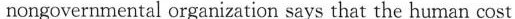
nongovernmental organization says that the human cost